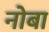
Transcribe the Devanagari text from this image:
नोबा